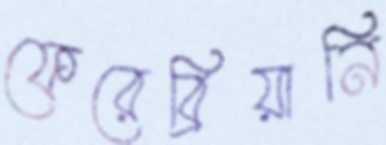
ফেরেব্রিয়ানি